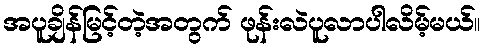
အပူချိန်မြင့်တဲ့အတွက် ဖုန်းလဲပူလာပါလိမ့်မယ်။